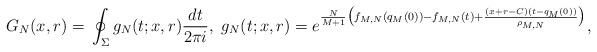
LaTeX: \begin{align*} G_N(x, r) = {} \oint_{\Sigma} g_N(t; x, r) \frac{dt}{2\pi i}, \ g_N(t; x, r) = e^{\frac{N}{M + 1} \big( f_{M, N}(q_{M}(0)) -f_{M, N}(t) + \frac{(x + r - C)(t - q_M(0))}{\rho_{M, N}} \big)}, \end{align*}